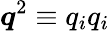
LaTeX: \boldsymbol{q}^{2}\equiv q_{i}q_{i}